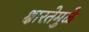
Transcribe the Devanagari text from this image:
क्षारतेमुळे